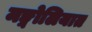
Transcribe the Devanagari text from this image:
मङ्गोलियात